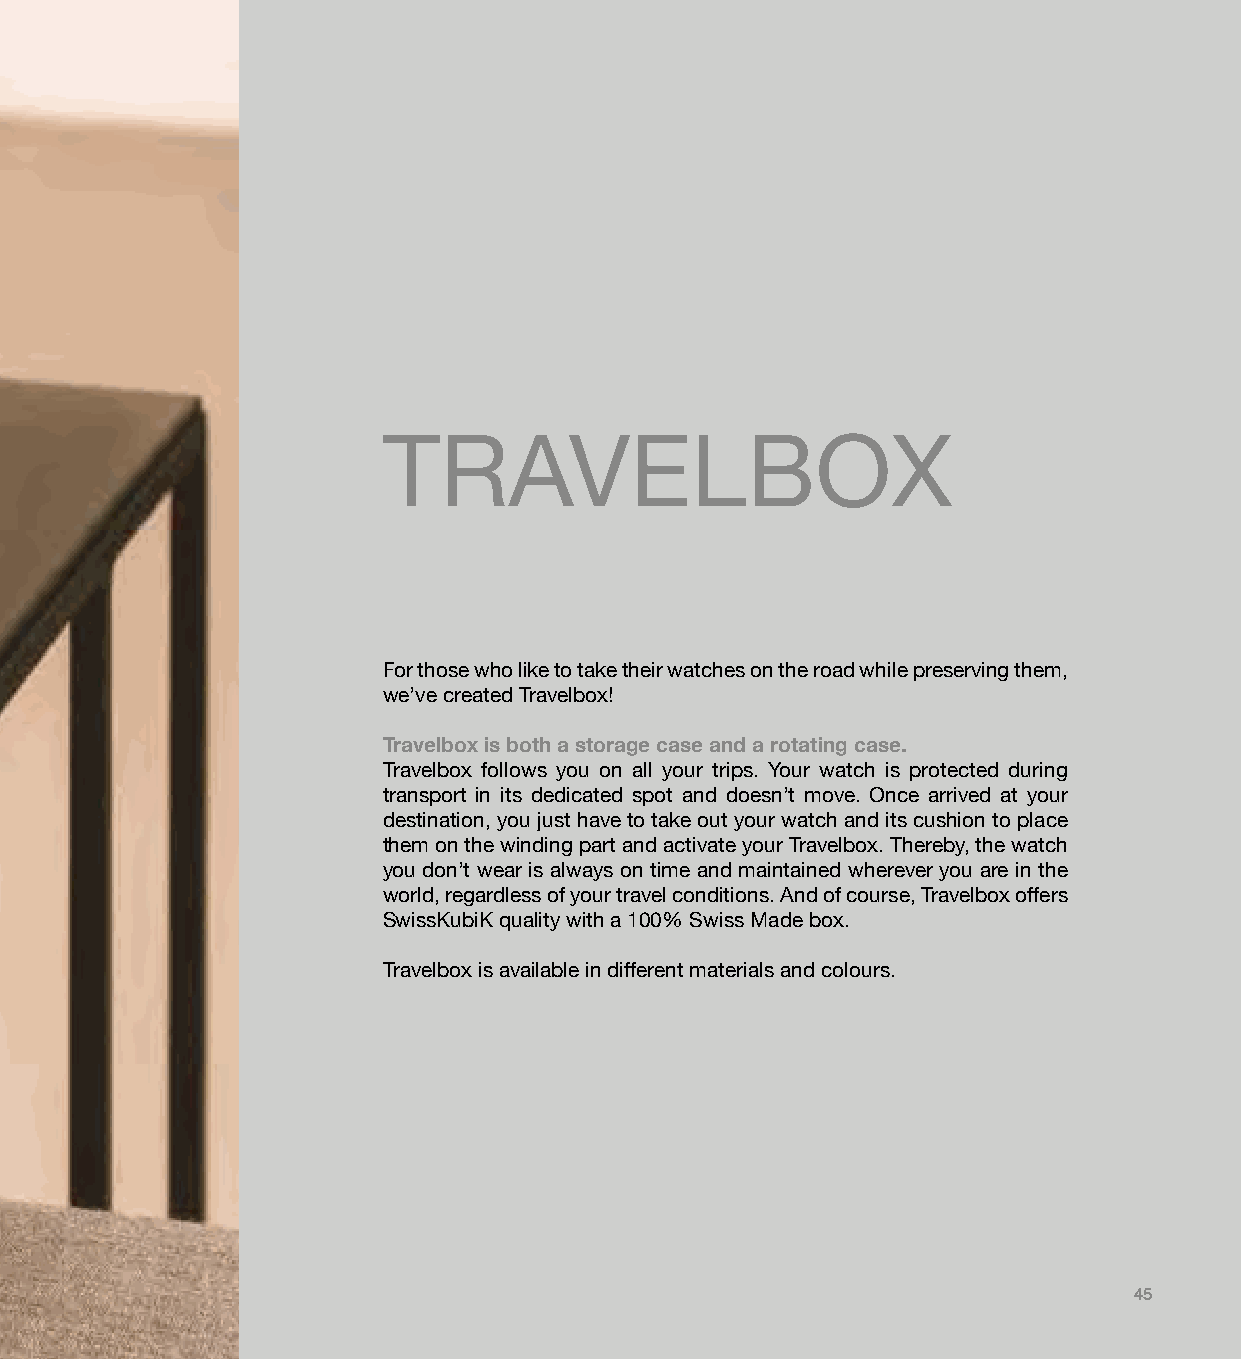
TRAVELBOX
 For those who like to take their watches on the road while preserving them,
 we’ve created Travelbox!
 Travelbox is both a storage case and a rotating case.
 Travelbox follows you on all your trips. Your watch is protected during
 transport in its dedicated spot and doesn’t move. Once arrived at your
 destination, you just have to take out your watch and its cushion to place
 them on the winding part and activate your Travelbox. Thereby, the watch
 you don’t wear is always on time and maintained wherever you are in the
 world, regardless of your travel conditions. And of course, Travelbox offers
 SwissKubiK quality with a 100% Swiss Made box.
 Travelbox is available in different materials and colours.
 45